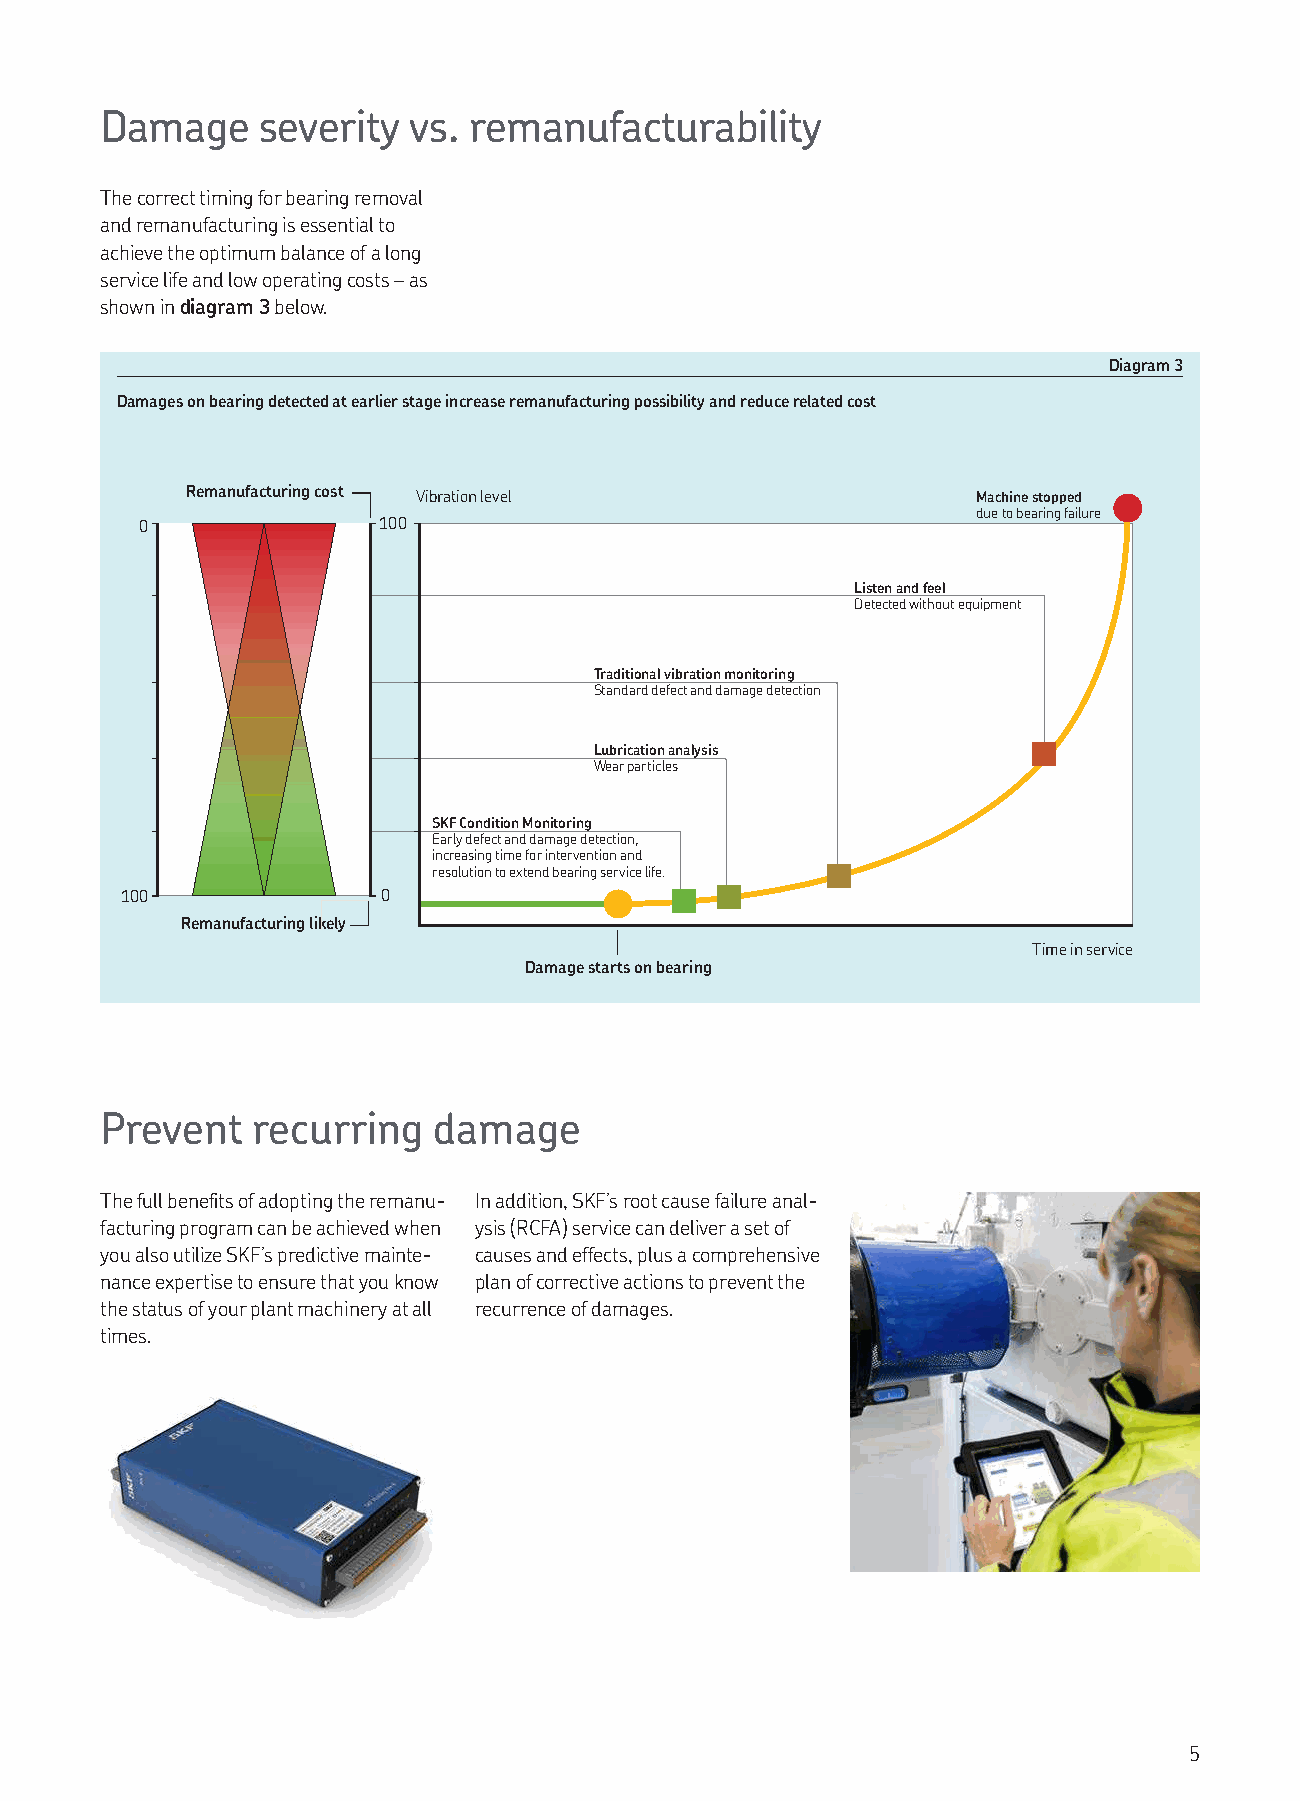
Damage    severity  vs. remanufacturability
 The correct timing for bearing removal
 and remanufacturing is essential to
 achieve the optimum balance of a long
 service life and low operating costs – as
 shown in diagram 3 below.
 Diagram 3
 Damages on bearing detected at earlier stage increase remanufacturing possibility and reduce related cost
 Remanufacturing cost Vibration level                 Machine stopped
 due to bearing failure
 0               100
 Listen and feel
 Detected without equipment
 Traditional vibration monitoring
 Standard defect and damage detection
 Lubrication analysis
 Wear particles
 SKF Condition Monitoring
 Early defect and damage detection,
 increasing time for intervention and
 resolution to extend bearing service life.
 100              0
 Remanufacturing likely
 Time in service
 Damage starts on bearing
 Prevent   recurring   damage
 The full beneits of adopting the remanu- In addition, SKF’s root cause failure anal-
 facturing program can be achieved when ysis (RCFA) service can deliver a set of
 you also utilize SKF’s predictive mainte- causes and effects, plus a comprehensive
 nance expertise to ensure that you know plan of corrective actions to prevent the
 the status of your plant machinery at all recurrence of damages.
 times.
 5